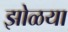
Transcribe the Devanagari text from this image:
झोळया